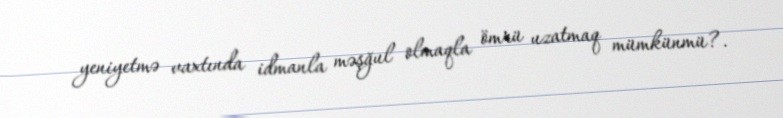
yeniyetmə vaxtında idmanla məşğul olmaqla ömrü uzatmaq mümkünmü?.